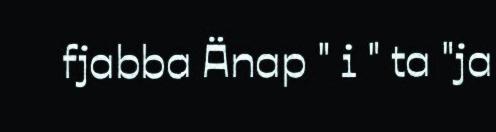
fjabba Änap " i " ta "ja